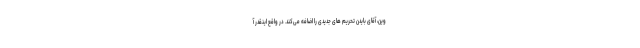
وین، آقای بایدن تحریم های جدیدی را اضافه می‌کند. در واقع اینقدر آ